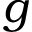
g